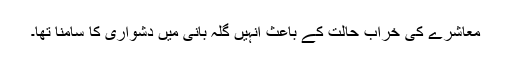
معاشرے کی خراب حالت کے باعث انہیں گلہ بانی میں دشواری کا سامنا تھا۔